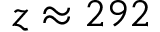
z \approx 2 9 2